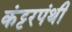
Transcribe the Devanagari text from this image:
कंट्टरपंथी